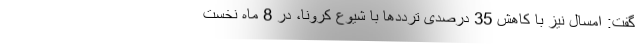
گفت: امسال نیز با کاهش 35 درصدی ترددها با شیوع کرونا، در 8 ماه نخست